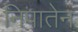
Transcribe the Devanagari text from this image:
निपातेन